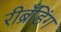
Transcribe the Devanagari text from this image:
रीब्रॅंडिंग